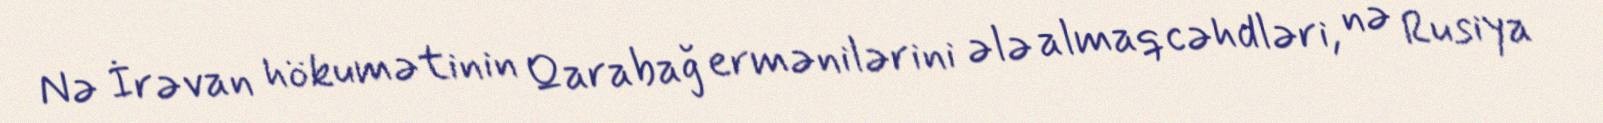
Nə İrəvan hökumətinin Qarabağ ermənilərini ələ almaq cəhdləri, nə Rusiya